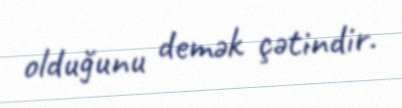
olduğunu demək çətindir.